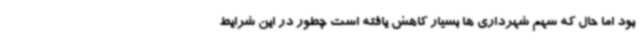
بود اما حال که سهم شهرداری ها بسیار کاهش یافته است چطور در این شرایط